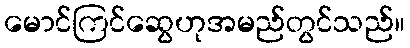
မောင်ကြင်ဆွေဟုအမည်တွင်သည်။